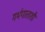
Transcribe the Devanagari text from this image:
गर्भपाताशी